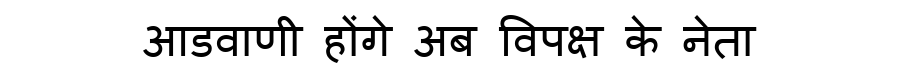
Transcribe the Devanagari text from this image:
आडवाणी होंगे अब विपक्ष के नेता